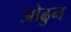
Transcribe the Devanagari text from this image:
ओढुन